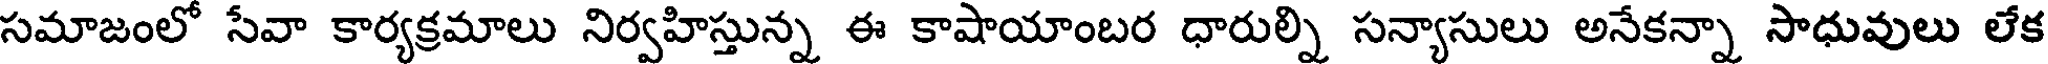
సమాజంలో సేవా కార్యక్రమాలు నిర్వహిస్తున్న ఈ కాషాయాంబర ధారుల్ని సన్యాసులు అనేకన్నా సాధువులు లేక